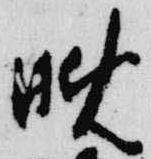
晩